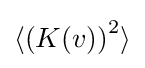
\langle \left(K(v)\right)^{2}\rangle